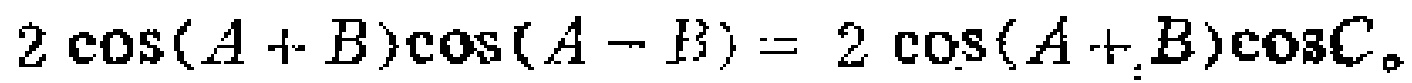
$2\cos(A + B)\cos(A - B)= 2\cos(A + B)\cos C$